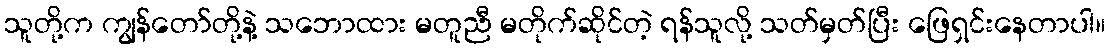
သူတို့က ကျွန်တော်တို့နဲ့ သဘောထား မတူညီ မတိုက်ဆိုင်တဲ့ ရန်သူလို့ သတ်မှတ်ပြီး ဖြေရှင်းနေတာပါ။